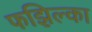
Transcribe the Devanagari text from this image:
फझिल्का